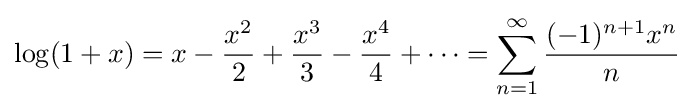
\log(1+x)=x-{\frac {x^{2}}{2}}+{\frac {x^{3}}{3}}-{\frac {x^{4}}{4}}+\cdots =\sum _{n=1}^{\infty }{\frac {(-1)^{n+1}x^{n}}{n}}